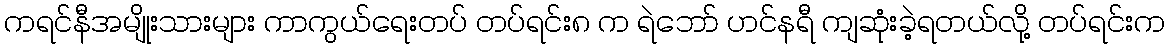
ကရင်နီအမျိုးသားများ ကာကွယ်ရေးတပ် တပ်ရင်း၈ က ရဲဘော် ဟင်နရီ ကျဆုံးခဲ့ရတယ်လို့ တပ်ရင်းက